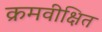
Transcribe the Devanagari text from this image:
क्रमवीक्षित